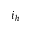
i _ { h }